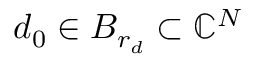
d _ { 0 } \in B _ { r _ { d } } \subset \mathbb { C } ^ { N }